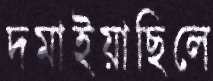
দমাইয়াছিলে